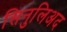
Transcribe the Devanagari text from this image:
सिनुलिअद